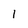
Character: l